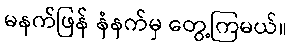
မနက်ဖြန် နံနက်မှ တွေ့ကြမယ်။